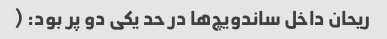
ریحان داخل ساندویچ‌ها در حد یکی دو پر بود: (